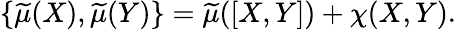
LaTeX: \{ \widetilde{\mu}(X),\widetilde{\mu}(Y)\} =\widetilde{\mu}([X,Y])+\chi(X,Y).